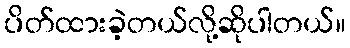
ပိတ်ထားခဲ့တယ်လို့ဆိုပါတယ်။